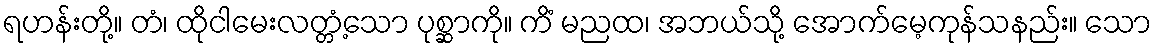
ရဟန်းတို့။ တံ၊ ထိုငါမေးလတ္တံ့သော ပုစ္ဆာကို။ ကိံ မညထ၊ အဘယ်သို့ အောက်မေ့ကုန်သနည်း။ သော